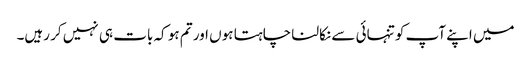
میں اپنے آپ کو تنہائی سے نکالنا چاہتا ہوں اور تم ہو کہ بات ہی نہیں کر رہیں۔